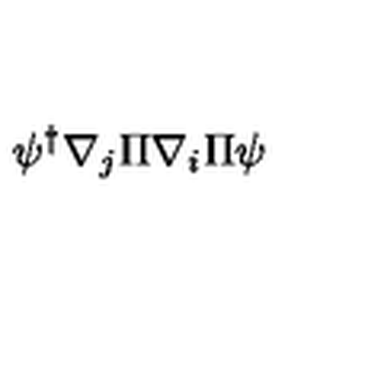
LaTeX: \psi ^ { \dagger } \nabla _ { j } \Pi \nabla _ { i } \Pi \psi